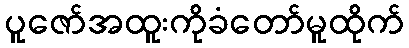
ပူဇော်အထူးကိုခံတော်မူထိုက်